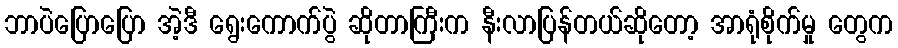
ဘာပဲပြောပြော အဲ့ဒီ ရွေးကောက်ပွဲ ဆိုတာကြီးက နီးလာပြန်တယ်ဆိုတော့ အာရုံစိုက်မှု တွေက